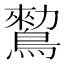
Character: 𪄪